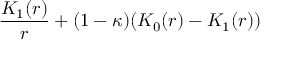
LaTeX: \frac { K _ { 1 } ( r ) } { r } + ( 1 - \kappa ) ( K _ { 0 } ( r ) - K _ { 1 } ( r ) )